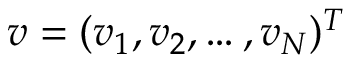
v = ( v _ { 1 } , v _ { 2 } , \ldots , v _ { N } ) ^ { T }